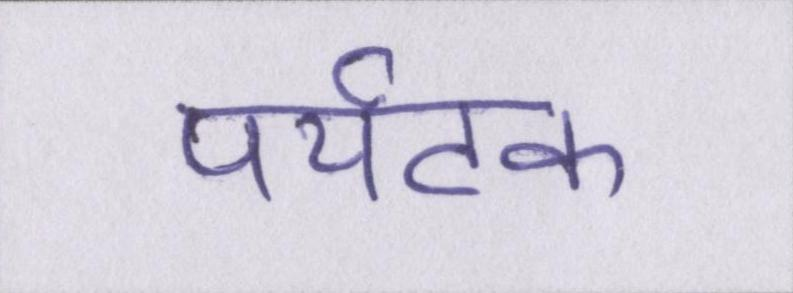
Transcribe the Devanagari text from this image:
पर्यटक